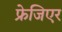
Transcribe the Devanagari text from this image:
फ्रेजिएर